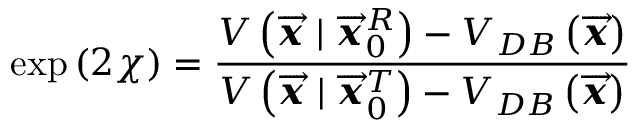
\exp \left( 2 \chi \right) = \frac { V \left( \overrightarrow { \mathbfit { x } } \mid \overrightarrow { \mathbfit { x } } _ { 0 } ^ { R } \right) - V _ { D B } \left( \overrightarrow { \mathbfit { x } } \right) } { V \left( \overrightarrow { \mathbfit { x } } \mid \overrightarrow { \mathbfit { x } } _ { 0 } ^ { T } \right) - V _ { D B } \left( \overrightarrow { \mathbfit { x } } \right) }